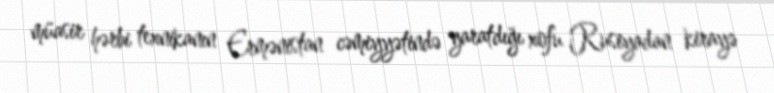
müasir hərbi texnikanın Ermənistan cəmiyyətində yaratdığı xofu Rusiyadan kirayə